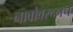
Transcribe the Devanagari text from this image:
नावांवरूनच